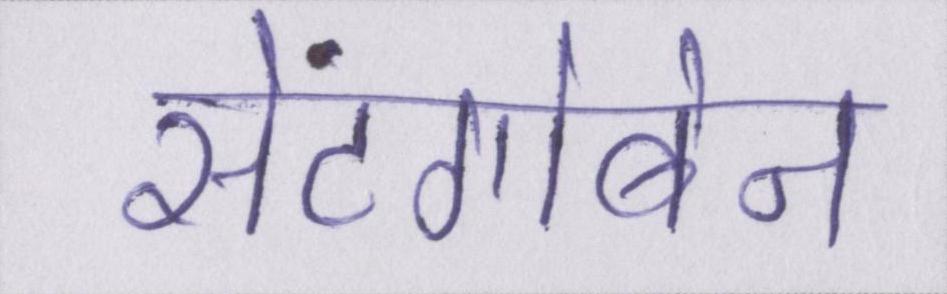
सेंटगोबेन